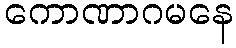
ကောဏာဂမနေ